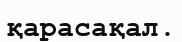
қарасақал.